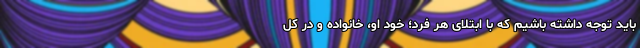
باید توجه داشته باشیم که با ابتلای هر فرد؛ خود او، خانواده و در کل